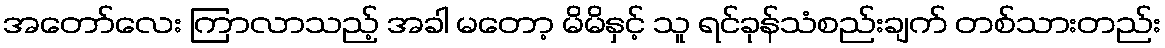
အတော်လေး ကြာလာသည့် အခါ မတော့ မိမိနှင့် သူ ရင်ခုန်သံစည်းချက် တစ်သားတည်း